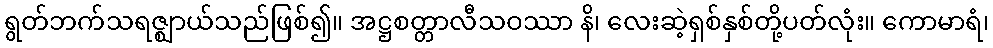
ရွတ်ဘက်သရဇ္ဈာယ်သည်ဖြစ်၍။ အဋ္ဌစတ္တာလီသဝဿာ နိ၊ လေးဆဲ့ရှစ်နှစ်တို့ပတ်လုံး။ ကောမာရံ၊